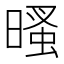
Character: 𣉔